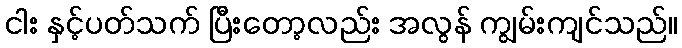
ငါး နှင့်ပတ်သက် ပြီးတော့လည်း အလွန် ကျွမ်းကျင်သည်။